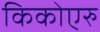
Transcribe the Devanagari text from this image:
किकोएरु